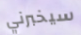
سيخبرني